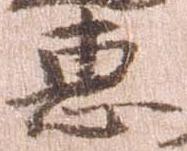
恵